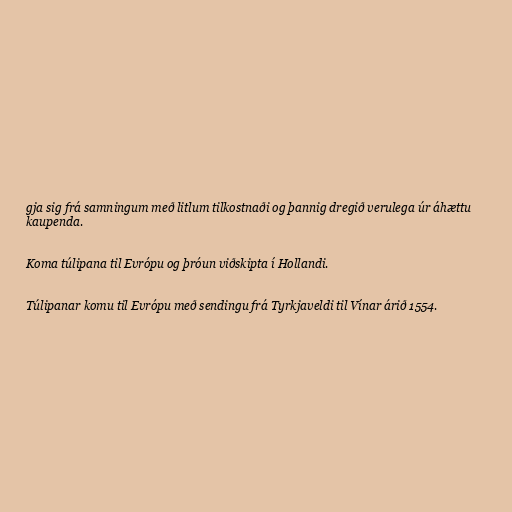
gja sig frá samningum með litlum tilkostnaði og þannig dregið verulega úr áhættu
kaupenda.

Koma túlipana til Evrópu og þróun viðskipta í Hollandi.

Túlipanar komu til Evrópu með sendingu frá Tyrkjaveldi til Vínar árið 1554.